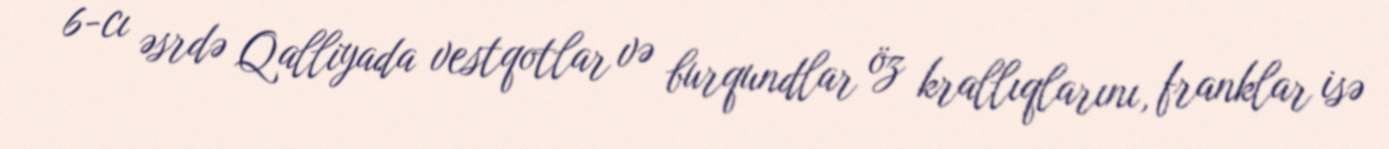
6-cı əsrdə Qalliyada vestqotlar və burqundlar öz krallıqlarını, franklar isə